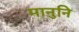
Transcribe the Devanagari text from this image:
मानुनि